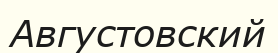
Августовский